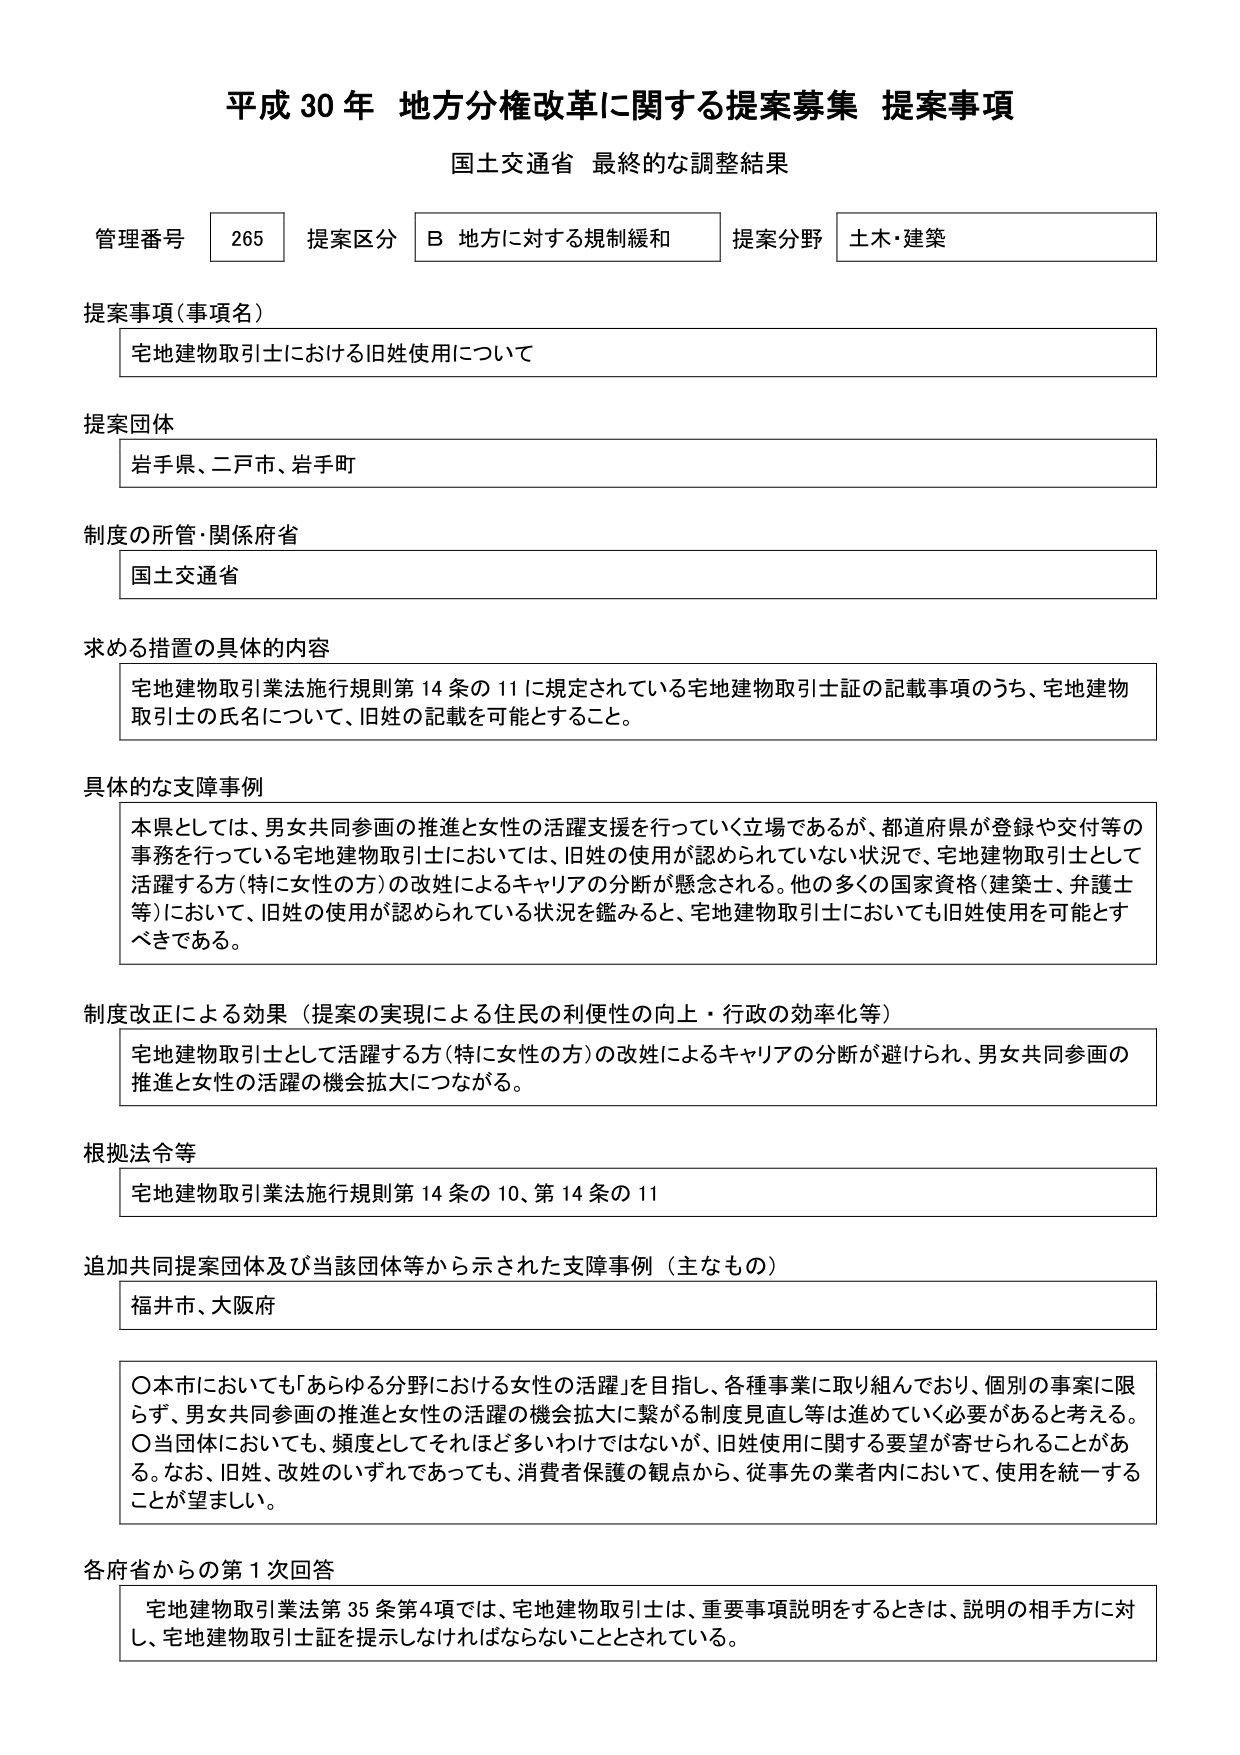
平成30年 地方分権改革に関する提案募集 提案事項
国土交通省 最終的な調整結果

管理番号 265 提案区分 B 地方に対する規制緩和 提案分野 土木・建築

提案事項（事項名）
宅地建物取引士における旧姓使用について

提案団体
岩手県、二戸市、岩手町

制度の所管・関係府省
国土交通省

求める措置の具体的内容
宅地建物取引業法施行規則第14条の11に規定されている宅地建物取引士証の記載事項のうち、宅地建物取引士の氏名について、旧姓の記載を可能とすること。

具体的な支障事例
本県としては、男女共同参画の推進と女性の活躍支援を行っていく立場であるが、都道府県が登録や交付等の事務を行っている宅地建物取引士においては、旧姓の使用が認められていない状況で、宅地建物取引士として活躍する方（特に女性の方）の改姓によるキャリアの分断が懸念される。他の多くの国家資格（建築士、弁護士等）において、旧姓の使用が認められている状況を鑑みると、宅地建物取引士においても旧姓使用を可能とすべきである。

制度改正による効果（提案の実現による住民の利便性の向上・行政の効率化等）
宅地建物取引士として活躍する方（特に女性の方）の改姓によるキャリアの分断が避けられ、男女共同参画の推進と女性の活躍の機会拡大につながる。

根拠法令等
宅地建物取引業法施行規則第14条の10、第14条の11

追加共同提案団体及び当該団体等から示された支障事例（主なもの）
福井市、大阪府

〇本市においても「あらゆる分野における女性の活躍」を目指し、各種事業に取り組んでおり、個別の事案に限らず、男女共同参画の推進と女性の活躍の機会拡大に繋がる制度見直し等は進めていく必要があると考える。
〇当団体においても、頻度としてそれほど多いわけではないが、旧姓使用に関する要望が寄せられることがある。なお、旧姓、改姓のいずれであっても、消費者保護の観点から、従事先の業者内において、使用を統一することが望ましい。

各府省からの第1次回答
宅地建物取引業法第35条第4項では、宅地建物取引士は、重要事項説明をするときは、説明の相手方に対し、宅地建物取引士証を提示しなければならないこととされている。